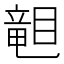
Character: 𥉩